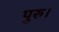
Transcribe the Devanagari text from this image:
पुरु।